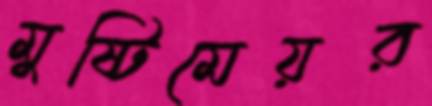
মুষ্টিমেয়র